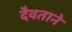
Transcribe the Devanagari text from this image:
दैवताने